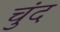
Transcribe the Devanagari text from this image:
चुंद